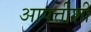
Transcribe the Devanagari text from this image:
आपत्तीशी